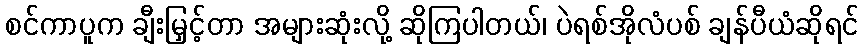
စင်ကာပူက ချီးမြှင့်တာ အများဆုံးလို့ ဆိုကြပါတယ်၊ ပဲရစ်အိုလံပစ် ချန်ပီယံဆိုရင်